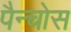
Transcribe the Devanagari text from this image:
पैन्चोस